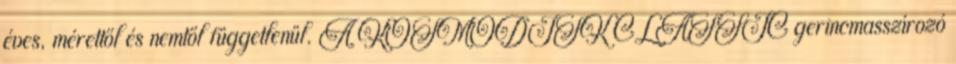
éves, mérettől és nemtől függetlenül. A KOSMODISK CLASSIC gerincmasszírozó